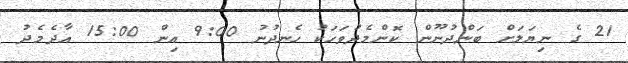
21 ގެ ނިޔަލަށް ބަންދުނޫން ކޮންމެދުވަހަކު ހެނދުނު 9:00 އިން 15:00 އާދެމެދު